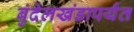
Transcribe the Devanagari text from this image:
बुंदेलखंडापर्यंत